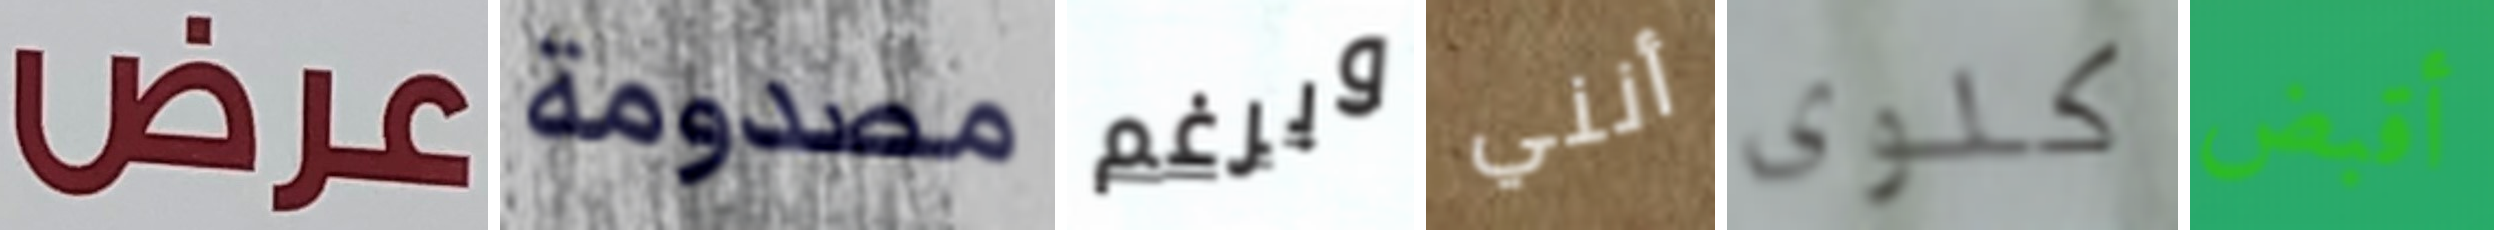
عرض مصدومة وبرغم أنني كلوى أقبض